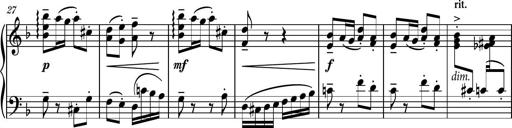
Title: Piano Sonatina No.8
Composer: Dimitri Sykias
Key: F major